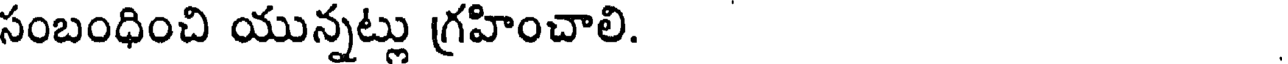
సంబంధించి యున్నట్లు గ్రహించాలి.